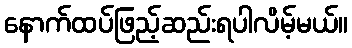
နောက်ထပ်ဖြည့်ဆည်းရပါလိမ့်မယ်။